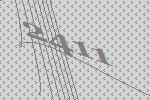
2411